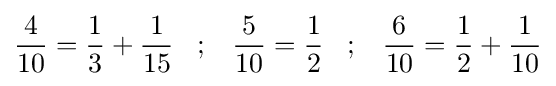
{\frac {4}{10}}={\frac {1}{3}}+{\frac {1}{15}}\;\;\;;\;\;\;{\frac {5}{10}}={\frac {1}{2}}\;\;\;;\;\;\;{\frac {6}{10}}={\frac {1}{2}}+{\frac {1}{10}}